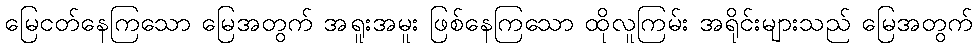
မြေငတ်နေကြသော မြေအတွက် အရူးအမူး ဖြစ်နေကြသော ထိုလူကြမ်း အရိုင်းများသည် မြေအတွက်